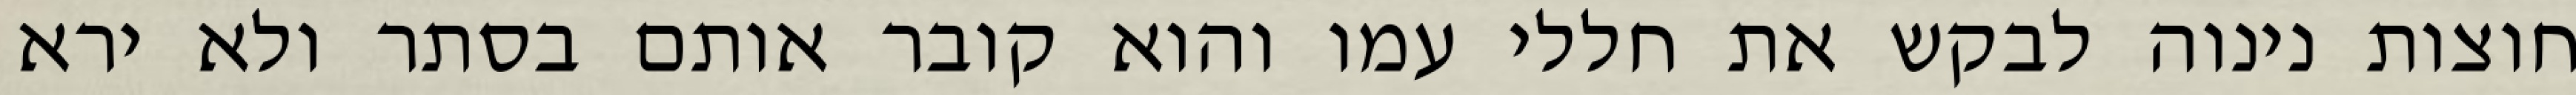
חוצות נינוה לבקש את חללי עמו והוא קובר אותם בסתר ולא ירא